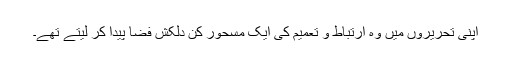
اپنی تحریروں میں وہ ارتباط و تعمیم کی ایک مسحور کن دلکش فضا پیدا کر لیتے تھے۔